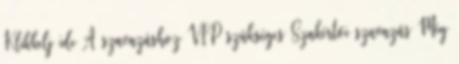
Klikkelj ide A szavazáshoz VIP szükséges Szakértői szavazás Még